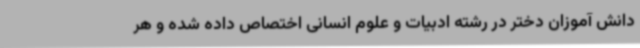
دانش آموزان دختر در رشته ادبیات و علوم انسانی اختصاص داده شده و هر